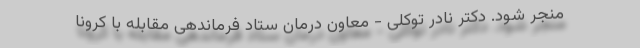
منجر شود. دکتر نادر توکلی - معاون درمان ستاد فرماندهی مقابله با کرونا